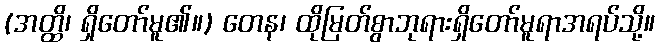
(အတ္ထိ၊ ရှိတော်မူ၏။) တေန၊ ထိုမြတ်စွာဘုရားရှိတော်မူရာအရပ်သို့။